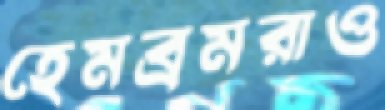
হেমব্রমরাও